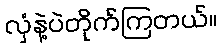
လှံနဲ့ပဲတိုက်ကြတယ်။